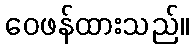
ဝေဖန်ထားသည်။